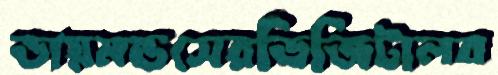
ডায়মন্ডসেরডিজিটালব